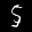
Label: 5